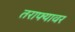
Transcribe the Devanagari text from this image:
तराफ्यावर